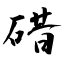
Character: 碏